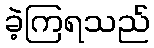
ခဲ့ကြရသည်